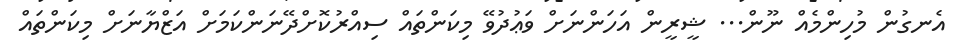
އެނގުން މުހިންމެއް ނޫން... ޝީރީން އަހަންނަށް ވަޢުދުވޭ މިކަންތައް ސިއްރުކޮށްދޭނަންކަމަށް އަޒްޔާނަށް މިކަންތައް